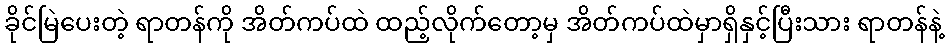
ခိုင်မြဲပေးတဲ့ ရာတန်ကို အိတ်ကပ်ထဲ ထည့်လိုက်တော့မှ အိတ်ကပ်ထဲမှာရှိနှင့်ပြီးသား ရာတန်နဲ့